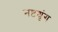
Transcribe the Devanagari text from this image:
नष्टश्रृंग